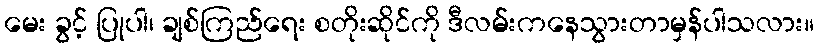
မေး ခွင့် ပြုပါ၊ ချစ်ကြည်ရေး စတိုးဆိုင်ကို ဒီလမ်းကနေသွားတာမှန်ပါသလား။